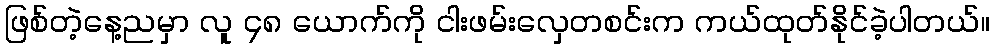
ဖြစ်တဲ့နေ့ညမှာ လူ ၄၈ ယောက်ကို ငါးဖမ်းလှေတစင်းက ကယ်ထုတ်နိုင်ခဲ့ပါတယ်။